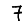
Digit: 7